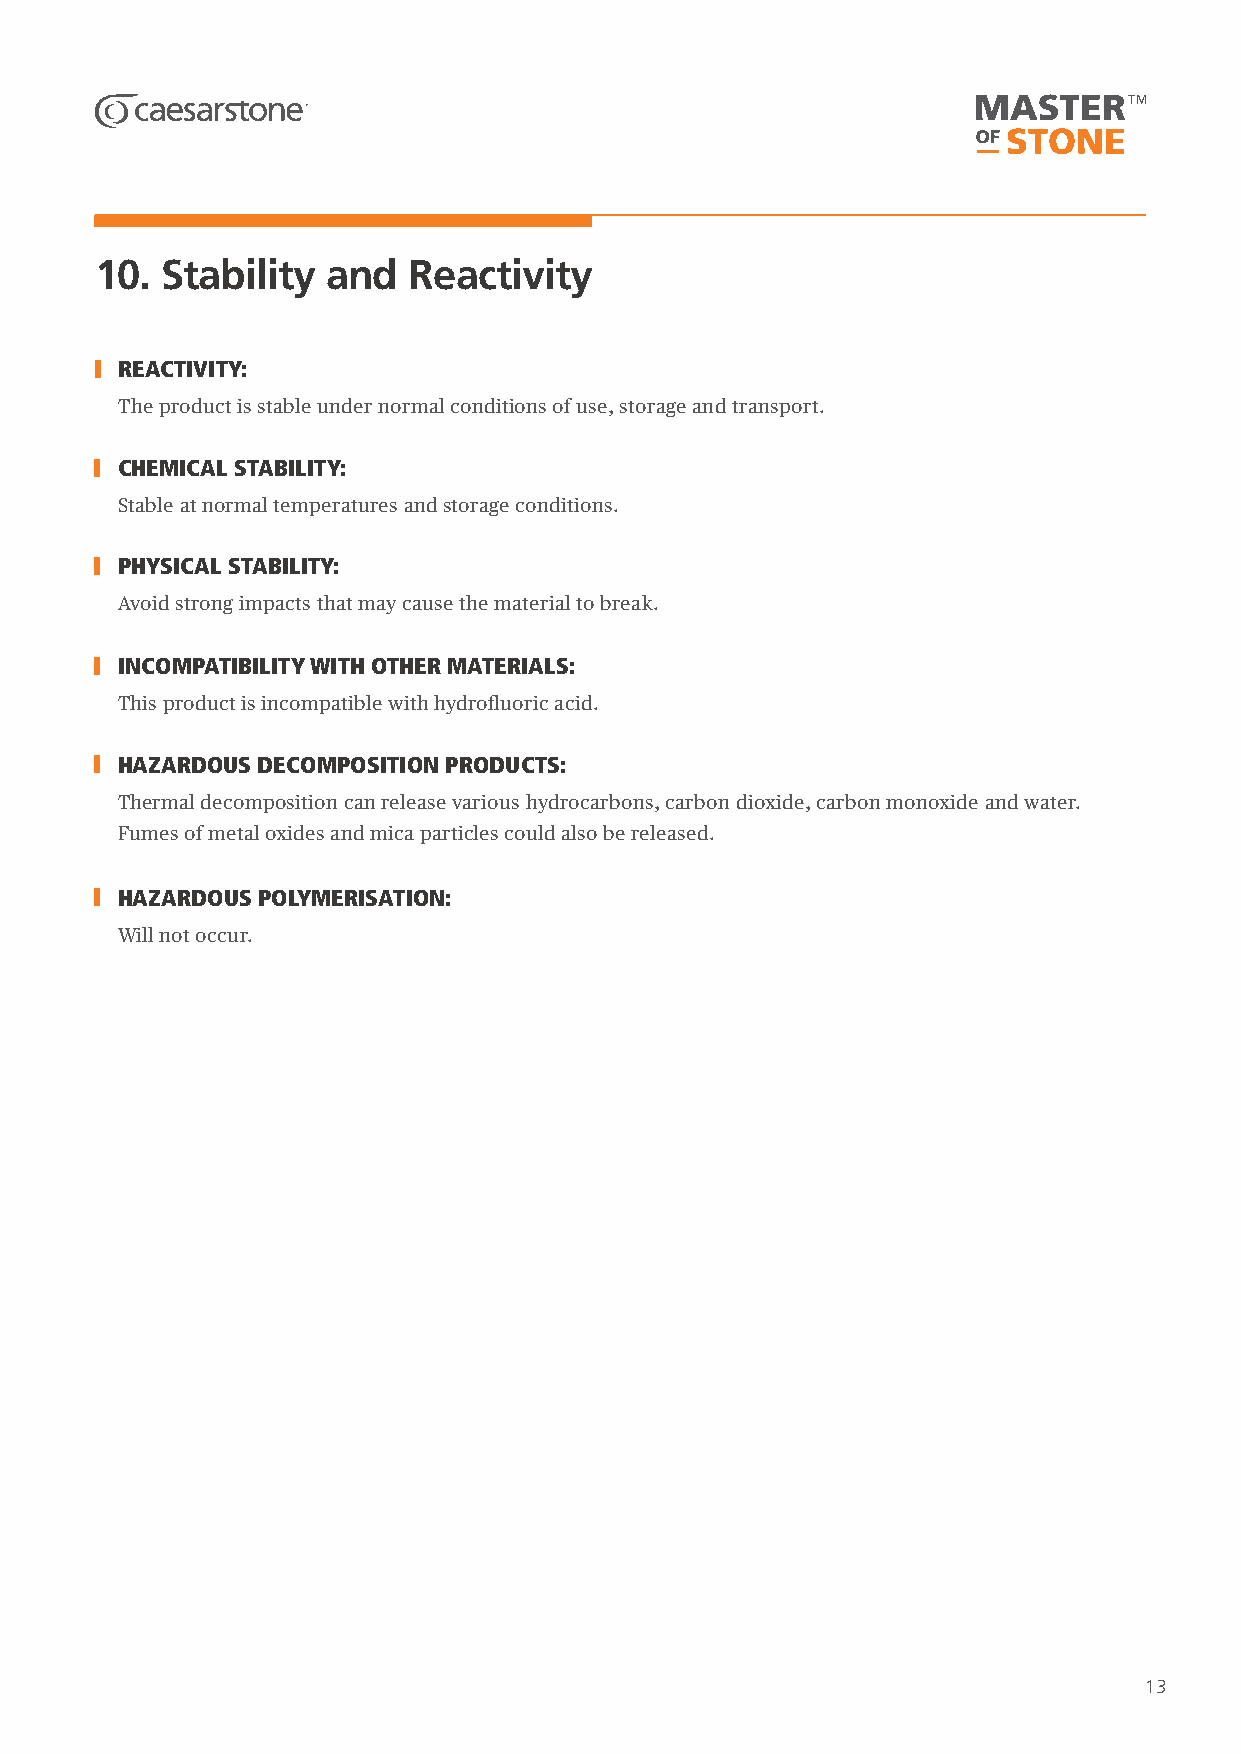
10.  Stability  and  Reactivity
 REACTIVITY:
 The product is stable under normal conditions of use, storage and transport.
 CHEMICAL STABILITY:
 Stable at normal temperatures and storage conditions.
 PHYSICAL STABILITY:
 Avoid strong impacts that may cause the material to break.
 INCOMPATIBILITY WITH OTHER MATERIALS:
 This product is incompatible with hydrofluoric acid.
 HAZARDOUS DECOMPOSITION PRODUCTS:
 Thermal decomposition can release various hydrocarbons, carbon dioxide, carbon monoxide and water.
 Fumes of metal oxides and mica particles could also be released.
 HAZARDOUS POLYMERISATION:
 Will not occur.
 13